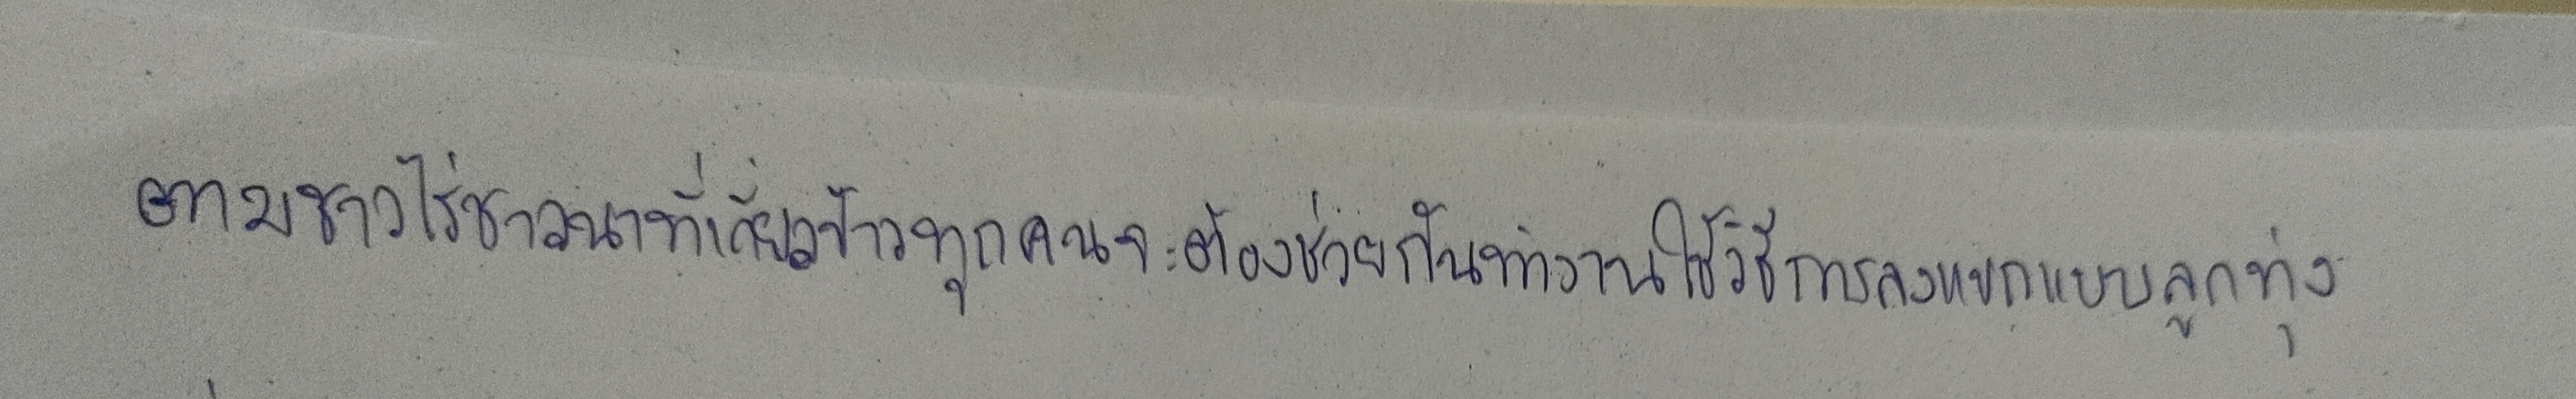
ตามชาวไร่ชาวนาที่เกี่ยวข้าวทุกคนจะต้องช่วยกันทำงานใช้วิธีการลงแขกแบบลูกทุ่ง